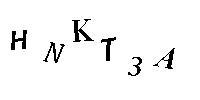
HNKT3A